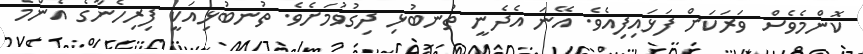
ކޮންމެވެސް ވަރަކަށް ފަޅައިފިއެވެ. އޭނަ އެދެނީ ތުނބުޅި ދިގުވުމަށެވެ. ތުނބުޅިއަކީ ފިރިހެނާގެ އެންމެ